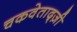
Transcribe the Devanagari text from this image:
चकवेताद्ज़ी